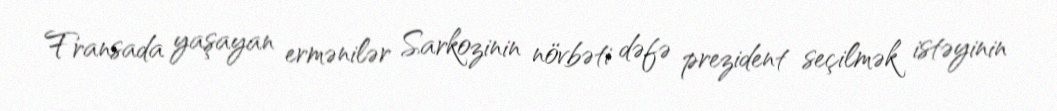
Fransada yaşayan ermənilər Sarkozinin növbəti dəfə prezident seçilmək istəyinin